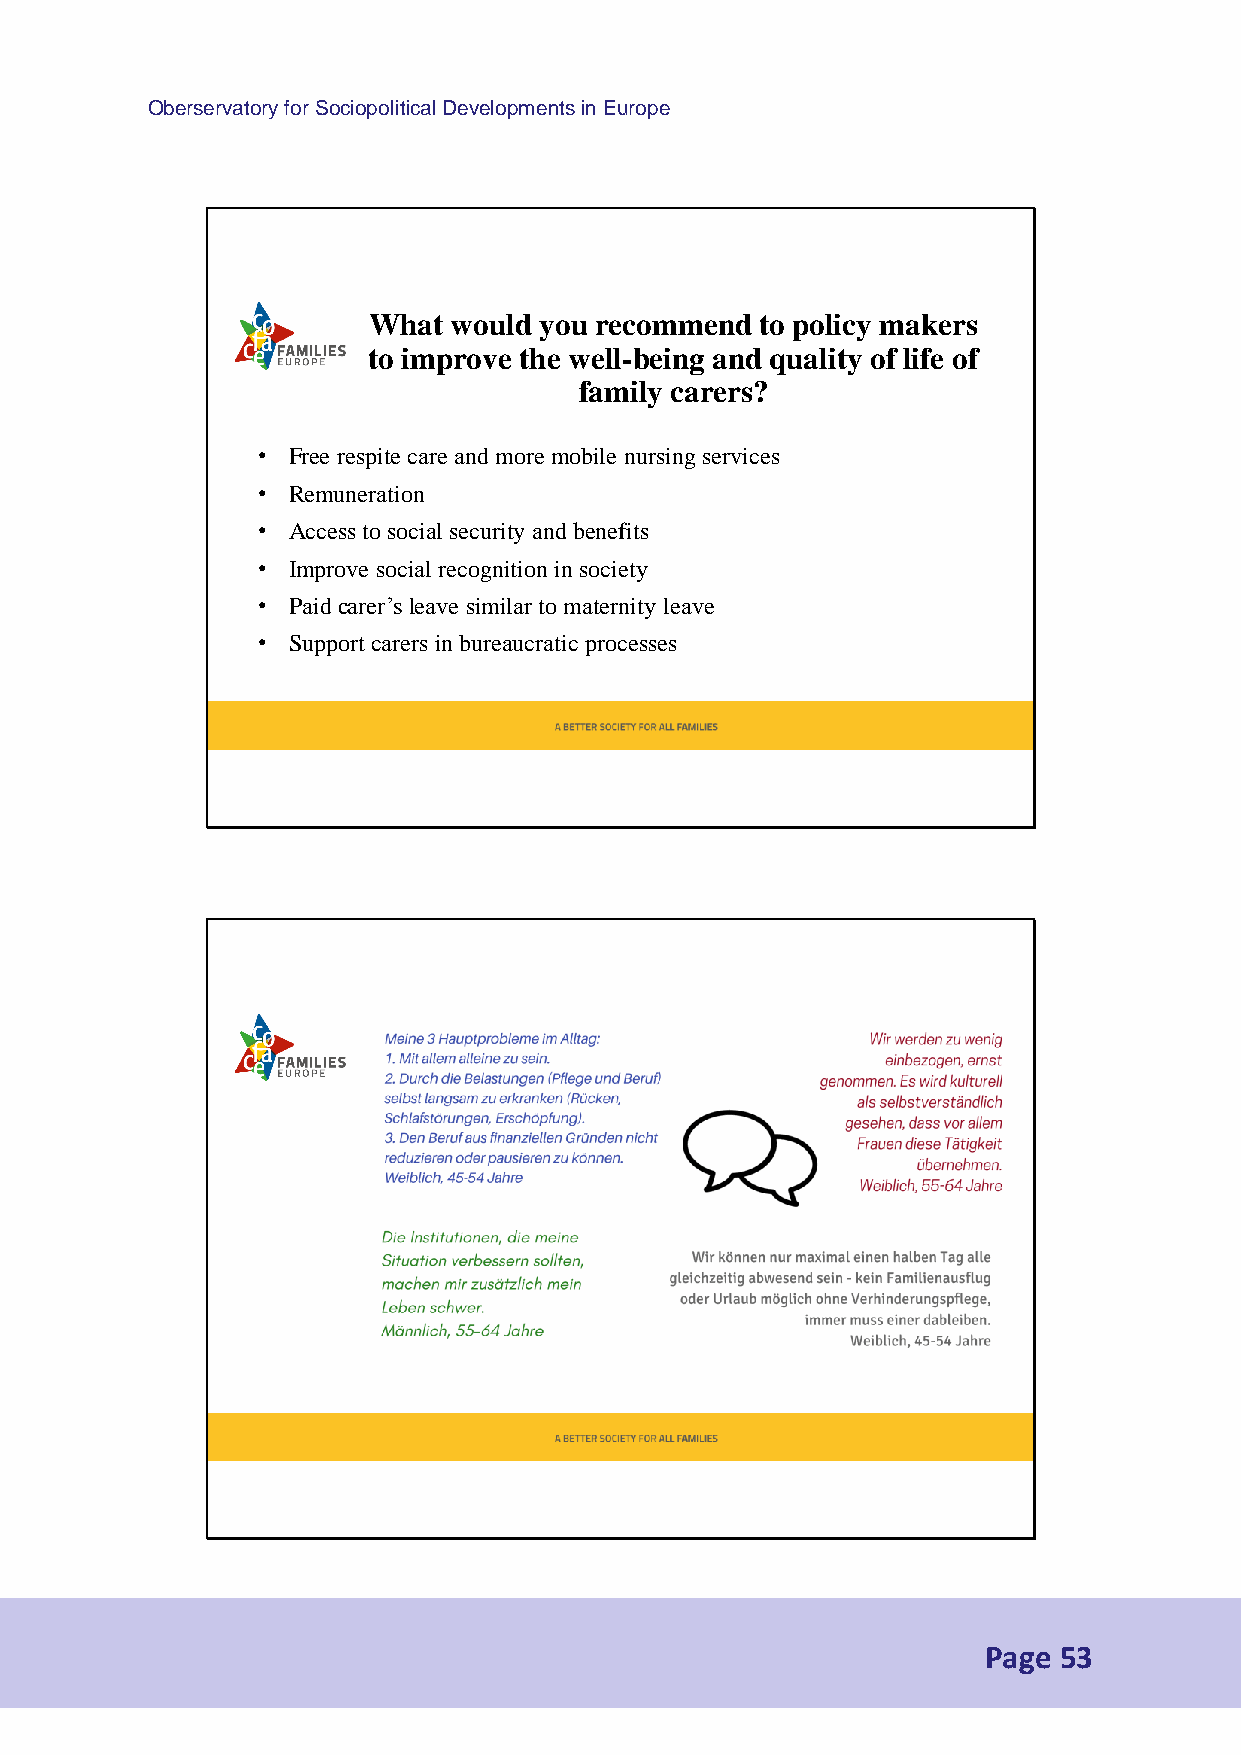
Oberservatory for Sociopolitical Developments in Europe
 What  would you recommend to policy makers
 to improve the well-being and quality of life of
 family carers?
 • Free respite care and more mobile nursing services
 • Remuneration
 • Access to social security and benefits
 • Improve social recognition in society
 • Paid carer’sleave similar to maternity leave
 • Support carersin bureaucratic processes
 Text
 Page 53